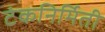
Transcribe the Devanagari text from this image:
टंकनिर्मिती